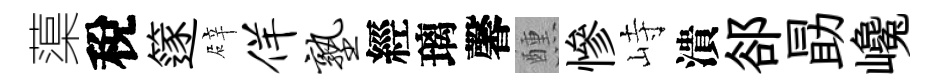
蕖稅篴辟佯塾經璃馨醺慘峙潰郤勗巉